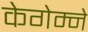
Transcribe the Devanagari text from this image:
केगेम्ने